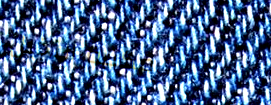
مكتبة النخيل